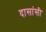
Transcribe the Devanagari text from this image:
दासांसी